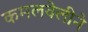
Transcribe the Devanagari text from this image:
कमलवेलीने